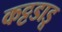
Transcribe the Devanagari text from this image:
कट्टडाडू